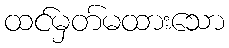
ထင်မှတ်မထားသော